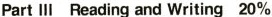
Part Ⅲ Reading and Writing 20%